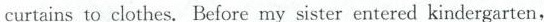
curtains to clothes. Before my sister entered kindergarten,